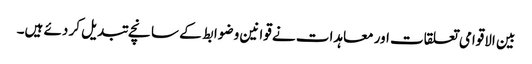
بین الاقوامی تعلقات اور معاہدات نے قوانین و ضوابط کے سانچے تبدیل کر دئے ہیں۔